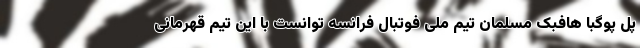
پل پوگبا هافبک مسلمان تیم ملی فوتبال فرانسه توانست با این تیم قهرمانی